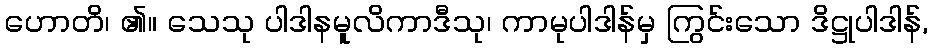
ဟောတိ၊ ၏။ သေသု ပါဒါနမူလိကာဒီသု၊ ကာမုပါဒါန်မှ ကြွင်းသော ဒိဋ္ဌုပါဒါန်,